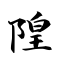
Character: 隍